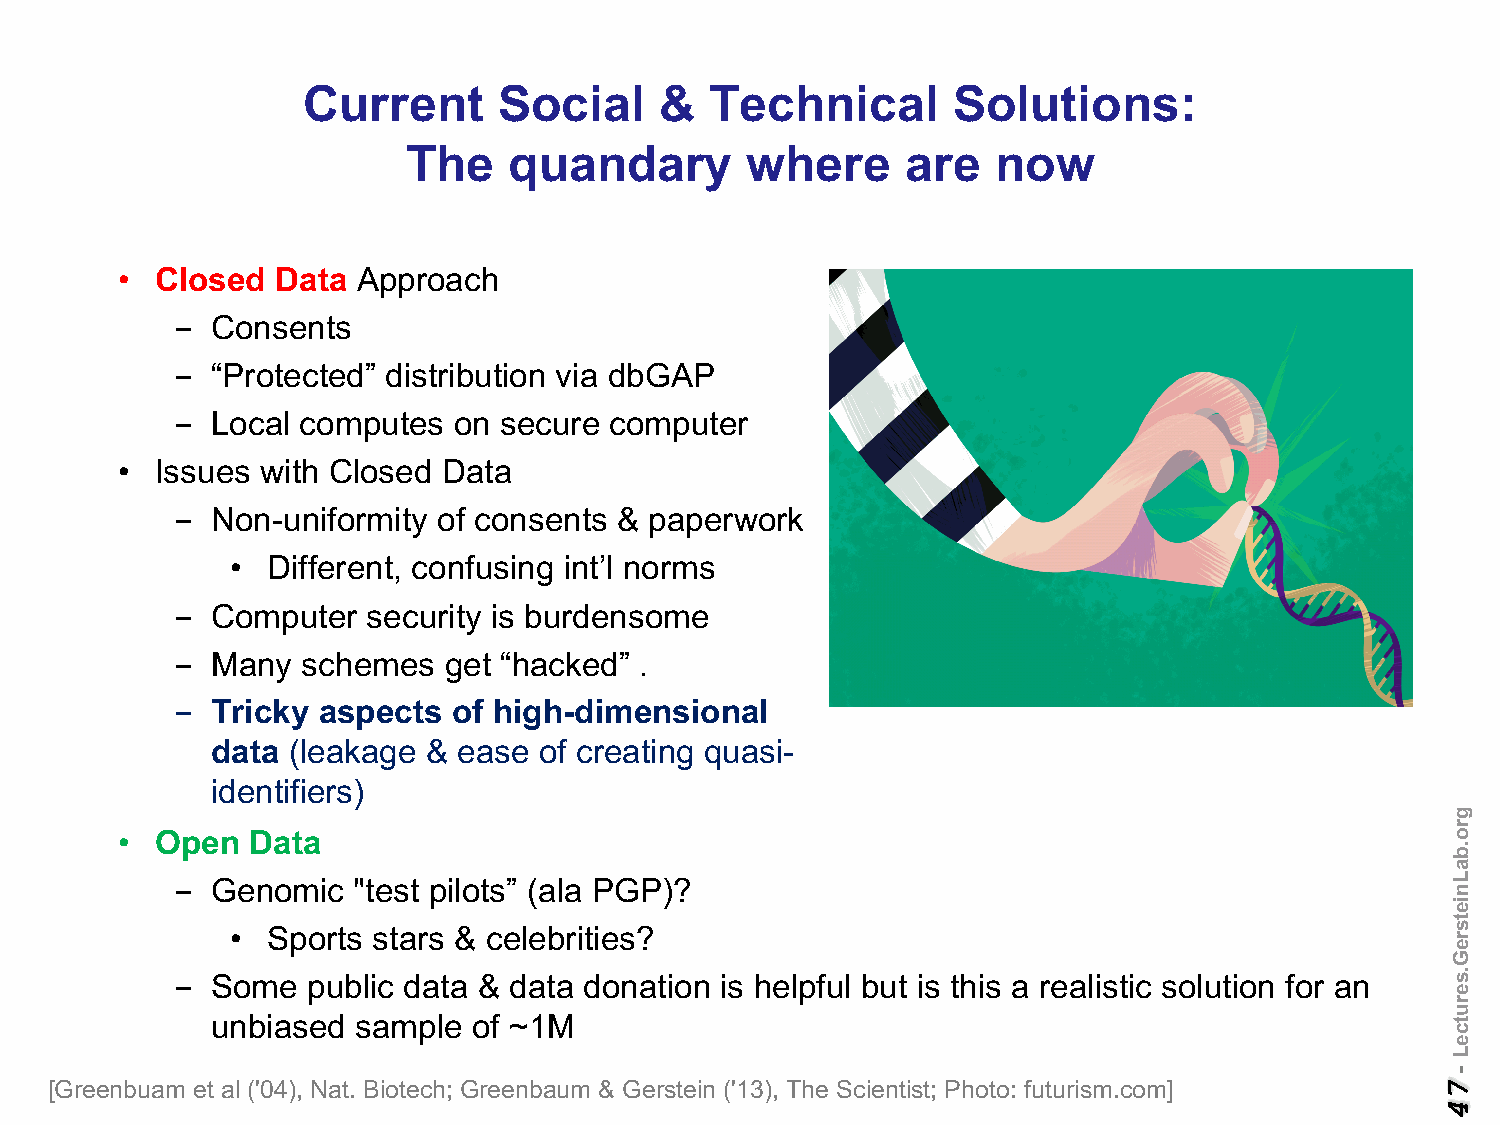
Current      Social     &  Technical       Solutions:
 The    quandary       where      are   now
 • Closed  Data  Approach
 - Consents
 - “Protected” distribution via dbGAP
 - Local computes  on secure computer
 • Issues with Closed Data
 - Non-uniformity of consents & paperwork
 •  Different, confusing int’l norms
 - Computer  security is burdensome
 - Many  schemes  get “hacked” .
 - Tricky aspects  of high-dimensional
 data (leakage & ease  of creating quasi-
 identifiers)
 • Open   Data
 - Genomic  "test pilots” (ala PGP)?
 •  Sports stars & celebrities?
 - Some  public data & data donation is helpful but is this a realistic solution for an
 unbiased  sample of ~1M
 [Greenbuam et al ('04), Nat. Biotech; Greenbaum & Gerstein ('13), The Scientist; Photo: futurism.com]
 gro.baLnietsreG.serutceL
 -
 74